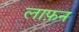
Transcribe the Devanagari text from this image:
लाफ़न